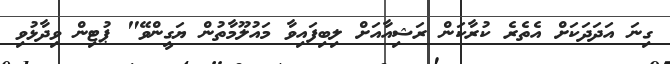
ގިނަ އަދަދަކަށް އެތެރެ ކުރާކަން ރަޝިއާއަށް ލިބިފައިވާ މައުލޫމާތުން ޔަގީންވޭ" ޕުޓިން ވިދާޅުވި